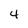
Character: 4